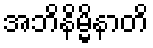
အဘိနိမ္မိနာတိ